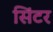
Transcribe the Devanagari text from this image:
सिंटर